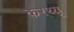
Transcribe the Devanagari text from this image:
करथ्यू